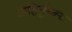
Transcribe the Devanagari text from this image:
अहिर्बुघ्न्य